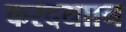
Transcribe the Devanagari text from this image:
करदयाान